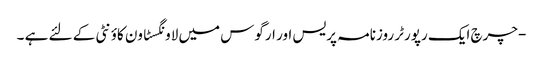
-چرچ ایک رپورٹر روزنامہ پریس اور ارگوس میں لاونگسٹاون کاؤنٹی کے لئے ہے ۔